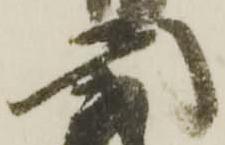
宗